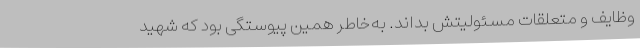
وظایف و متعلقات مسئولیتش بداند. به‌خاطر همین پیوستگی بود که شهید